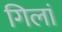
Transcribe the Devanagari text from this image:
गिलां